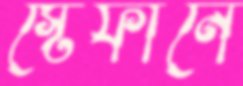
স্টেফানে